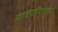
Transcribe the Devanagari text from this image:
महतीलाच